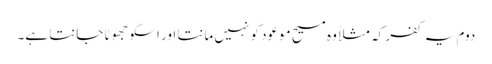
دوم یہ کفر کہ مثلاً وہ مسیح موعود کو نہیں مانتا اور اسکو جھوٹا جانتا ہے۔